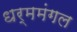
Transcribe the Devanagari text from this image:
धर्ममंगल